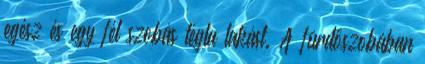
egész és egy fél szobás tégla lakást. A fürdőszobában